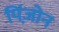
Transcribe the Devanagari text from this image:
पिंजो़न